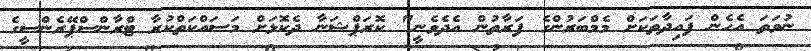
ނުވަތަ އެހެން ފައިދާތަކަށް މެމްބަރުންގެ ފަރާތުން އެދެވެނީ" ކޮރަޕްޝަނާ ދެކޮޅަށް މަސައްކަތްކުރާ ޓްރާންސްޕޭރެންސީގެ